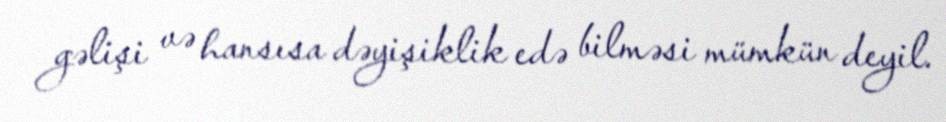
gəlişi və hansısa dəyişiklik edə bilməsi mümkün deyil.